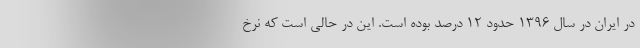
در ایران در سال ۱۳۹۶ حدود ۱۲ درصد بوده است. این در حالی است که نرخ